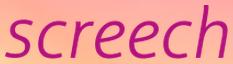
screech